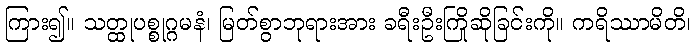
ကြား၍။ သတ္ထုပစ္စုဂ္ဂမနံ၊ မြတ်စွာဘုရားအား ခရီးဦးကြိုဆိုခြင်းကို။ ကရိဿာမိတိ၊